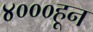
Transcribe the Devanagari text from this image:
४०००हून